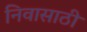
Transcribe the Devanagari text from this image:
निवासाठी